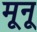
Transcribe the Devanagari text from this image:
मूनू